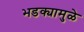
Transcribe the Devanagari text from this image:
भडक्यामुळे